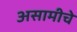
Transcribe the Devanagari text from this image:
असामीचे